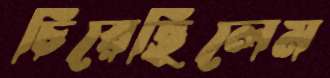
চিরেছিলেম